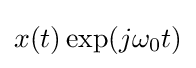
x(t)\exp(j\omega _{0}t)